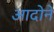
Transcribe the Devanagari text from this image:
आदोने